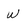
Character: w